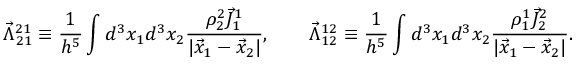
\vec { \Lambda } _ { 2 1 } ^ { 2 1 } \equiv \frac { 1 } { h ^ { 5 } } \int d ^ { 3 } x _ { 1 } d ^ { 3 } x _ { 2 } \frac { \rho _ { 2 } ^ { 2 } \vec { J } _ { 1 } ^ { 1 } } { | \vec { x } _ { 1 } - \vec { x } _ { 2 } | } , \qquad \vec { \Lambda } _ { 1 2 } ^ { 1 2 } \equiv \frac { 1 } { h ^ { 5 } } \int d ^ { 3 } x _ { 1 } d ^ { 3 } x _ { 2 } \frac { \rho _ { 1 } ^ { 1 } \vec { J } _ { 2 } ^ { 2 } } { | \vec { x } _ { 1 } - \vec { x } _ { 2 } | } .